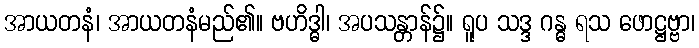
အာယတနံ၊ အာယတနံမည်၏။ ဗဟိဒ္ဓါ၊ အပသန္တာန်၌။ ရူပ သဒ္ဒ ဂန္ဓ ရသ ဖောဋ္ဌဗ္ဗာ၊